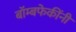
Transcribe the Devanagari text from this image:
बॉम्बफेकींनी